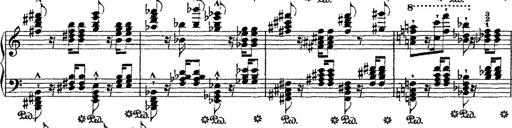
Title: Fantaisie romantique sur deux mÃ©lodies suisses
Composer: Franz Liszt